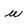
Character: u